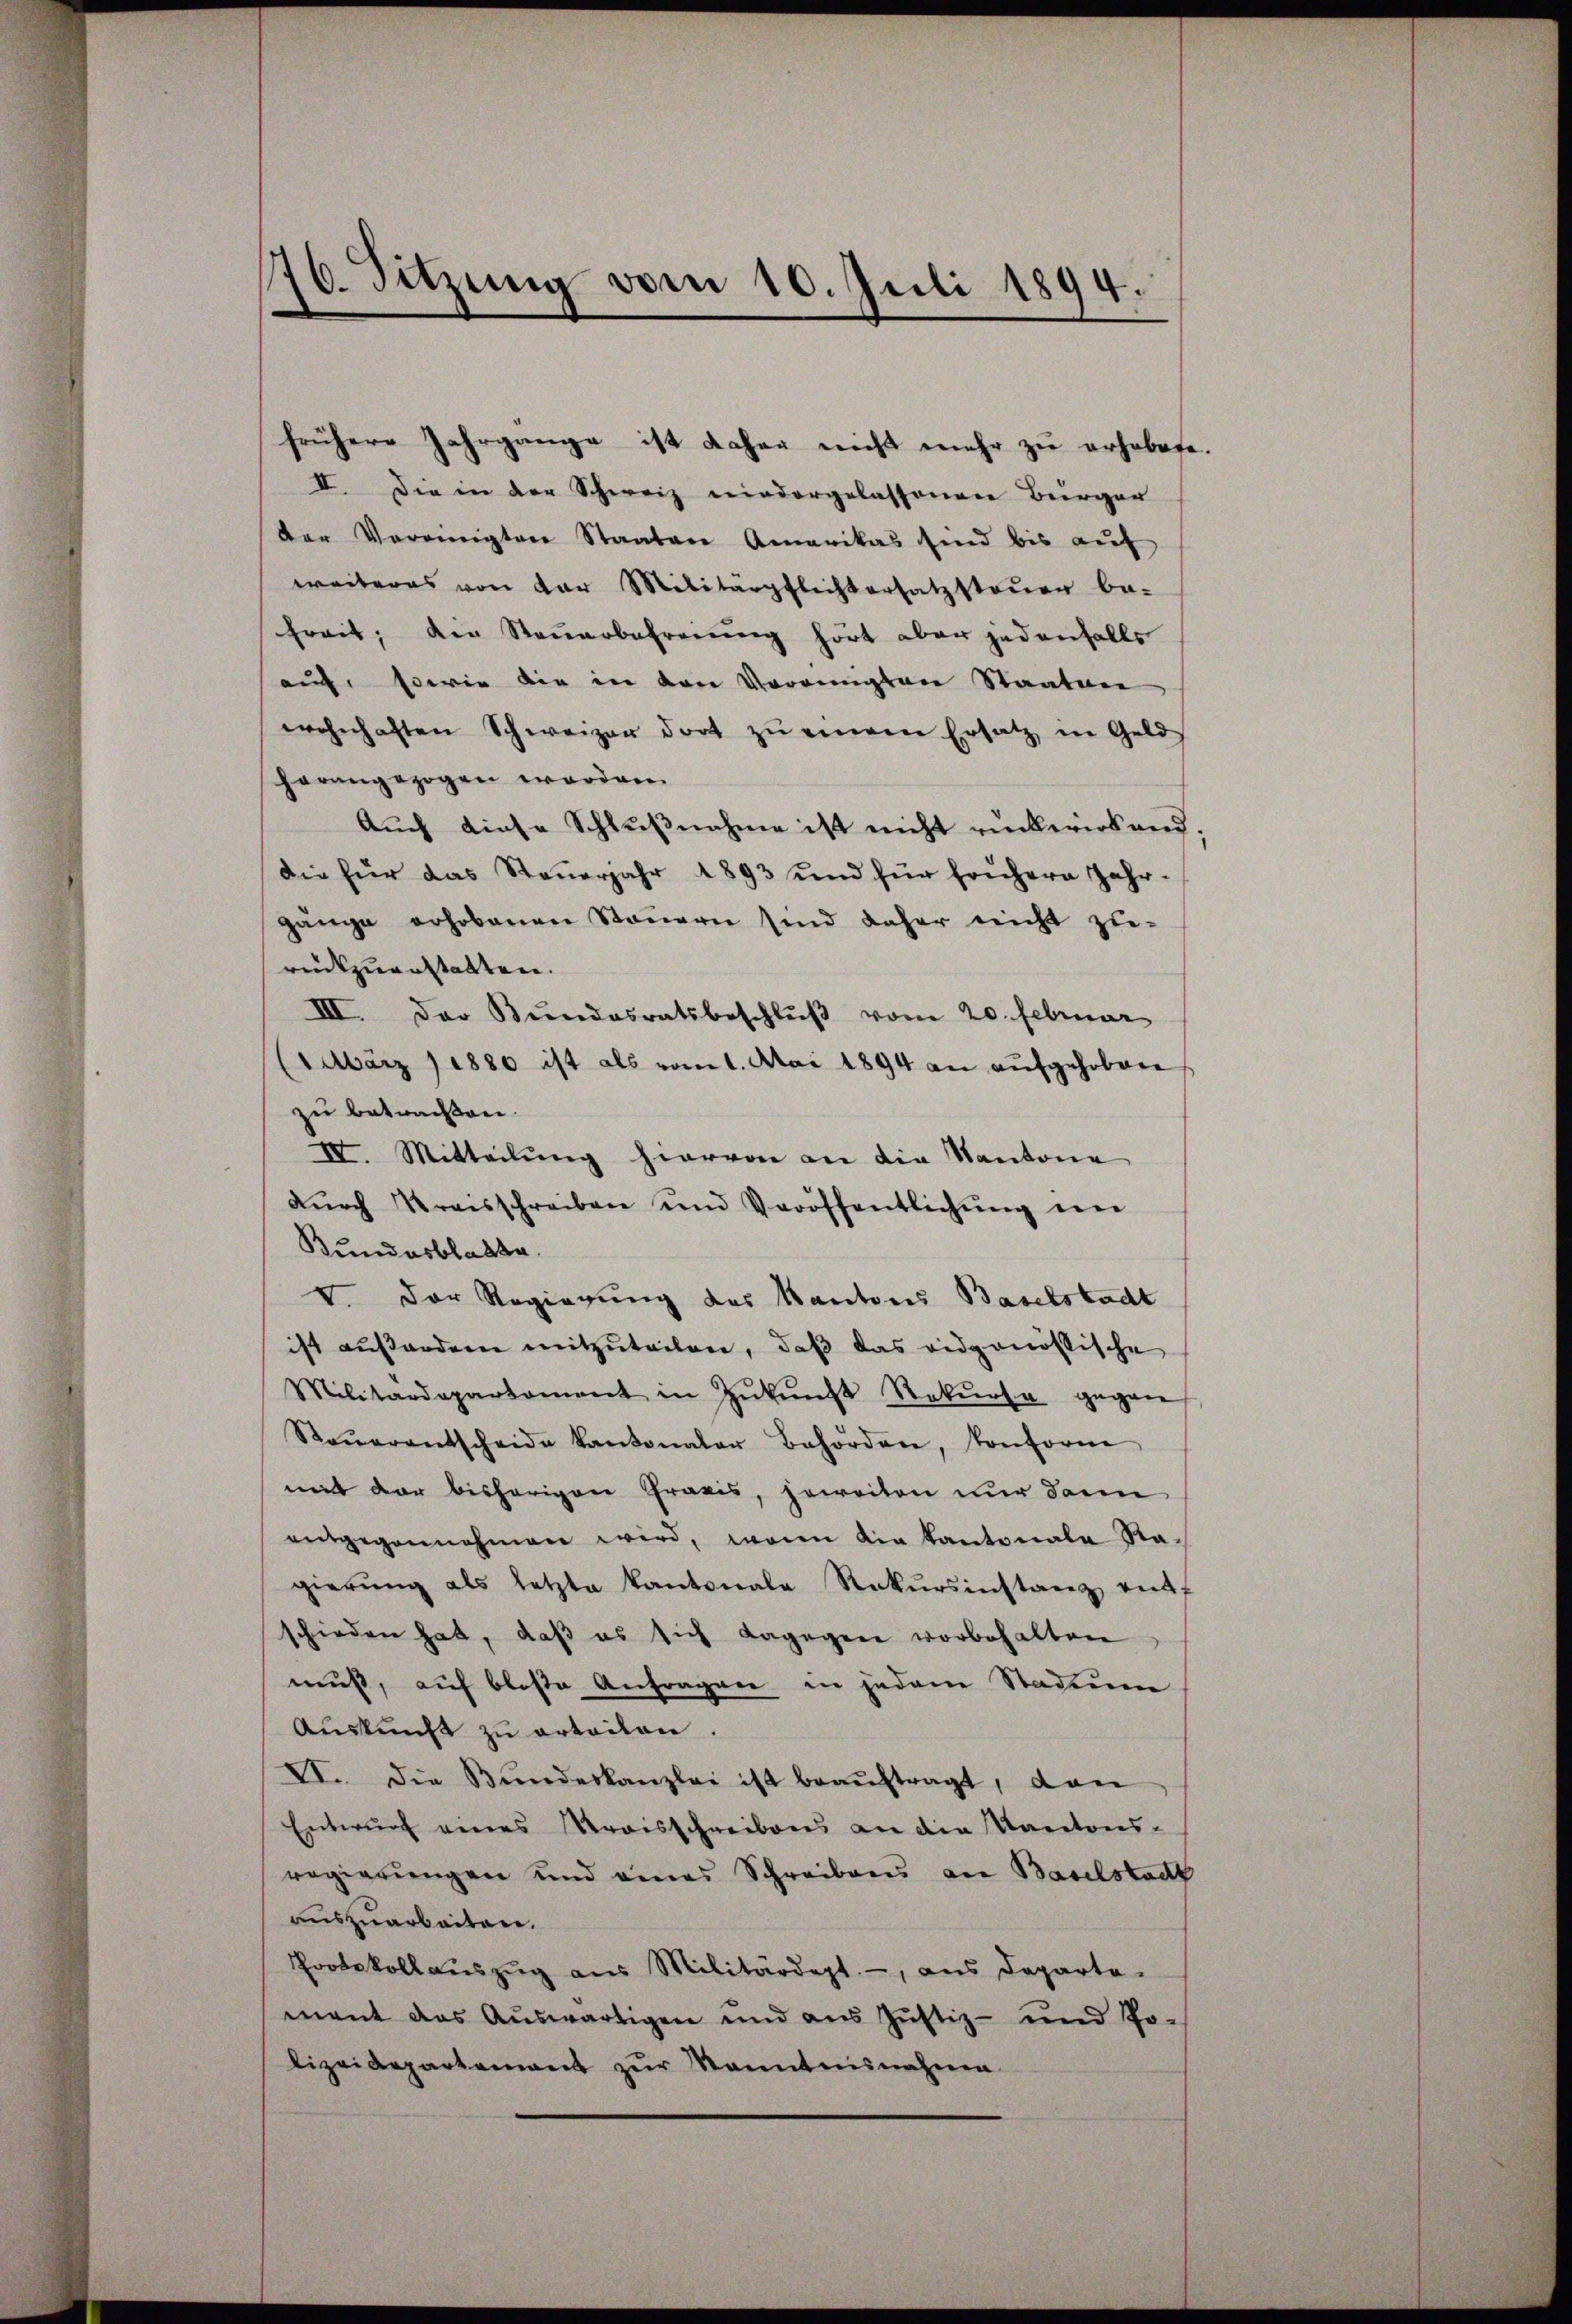
76. Sitzung vom 10. Juli 1894.

frühere Jahrgange ist daher nicht mehr zu erhebete.
II. Die in der Schweiz niedergelassenen Bürger
der Vereinigten Staaten Amerikas sind bis aŭf
weiteres von der Militärpflichtersatzsteŭer be-
freit; die Steuerbefreiung hört aber jedenfalls
auf, sowie die in den Vereinigten Staaten
wohnhaften Schweizer dort zŭ einem Ersatz in Geld-
horangezogen worden
Auch diese Schlußnahme ist nicht rückwirkend.
Die für das Steuerjahr 1893 und für frühere Jahr-
gänge erhobenen Steuern sind daher nicht zu-
rückzuanstalten.
III. Der Bŭndesratsbeschlŭβ vom 20. Februar
1 März 1880 ist als vom 1. Mai 1894 an aufgehoben
zu betrachten.
IV. Mitteilŭng hiervon an die Kantone
dŭrch Kreisschreiben und Veröffentlichŭng in
Bundesblatte.
V. Der Regierung des Kantons Baselstadt
ist außerden mitzŭteilen, daβ das eidgenössische
Militärdepartement in Zŭkŭnft Rekŭrsa gegen
Steŭerentscheide kantonaler Behörden, konform
mit der bisherigen Praxis, jeweiten nur dann
entgegannehmen wird, wenn die Kantonale Ra-
gierŭng als letzte Kantonale Rekŭrsinstanz entf
schieden hat, daβ es sich dagegen vorbehalten
muß, auf blose Anfragen in jedem Stadium
Aŭskŭnft zŭ erteilen.
VI. Die Bŭndeskanzlei ist beaŭftragt, dan
Entwurf eines Kraisschreibens an die Kantons-
regierungen und eines Schreibens an Baselstadt
auszuarbeiten.
Protokoll aŭszŭg aŭs Militärdept., aus Departe
mant das Auswärtigen und aus Justiz- und Polizeidepartement zur Kenntnisnahme